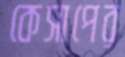
কেসাপের